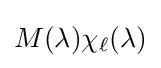
M(\lambda )\chi _{\ell }(\lambda )